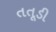
તતૂડી